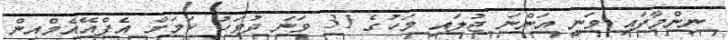
ނިންމާފައި ވަނީ އަންނަ ޖުލައި މަހުގެ 31 ވަނަ ދުވަހު ކަމަށް އެފްއޭއެމްއިން